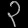
Digit: ၃